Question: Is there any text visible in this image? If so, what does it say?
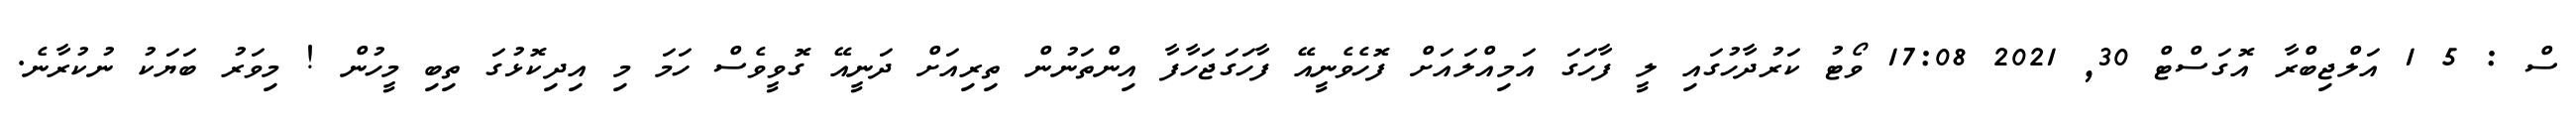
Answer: ސް : 5 1 އަލްޖިބްރާ އޮގަސްޓް 30, 2021 17:08 ވޯޓު ކަރުދާހުގައި ލީ ފާހަގަ އަމިއްލައަށް ފޮހެވެނީއޭ ފާހަގަޖަހާފާ އިންތަނުން ތިރިއަށް ދަނީއޭ ގޮވީވެސް ހަމަ މި އިދިކޮޅުގަ ތިބި މީހުން ! މިވަރު ބަޔަކު ނުކުރާނެ.